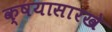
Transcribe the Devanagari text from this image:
क्षयासारखे